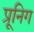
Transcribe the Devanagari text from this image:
प्रूनिग